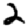
Digit: 2